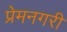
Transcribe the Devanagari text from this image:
प्रेमनगरी